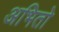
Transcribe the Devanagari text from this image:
अभितो